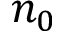
n _ { 0 }